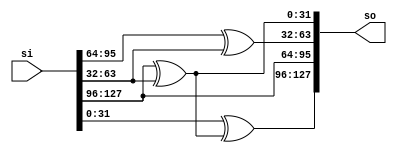
module mixcolumn (/*AUTOARG*/
   // Outputs
   so,
   // Inputs
   si
   ) ;
   output [127:0] so;
   input [127:0]  si;
   
   assign so[ 95:64] = si[127:96];
   assign so[ 63:32] = si[ 95:64] ^ si[63:32];
   assign so[ 31: 0] = si[127:96] ^ si[63:32];
   assign so[127:96] = si[ 31: 0] ^ so[31: 0]; 
endmodule // mixcolumn